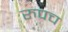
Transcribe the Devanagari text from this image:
रुपच